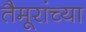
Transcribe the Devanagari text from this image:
तैमूरांच्या